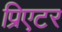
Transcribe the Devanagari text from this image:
प्रिएटर